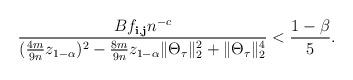
LaTeX: \begin{align*} \frac{B f_{{\bf i}, {\bf j}} n^{-c} }{ ( \frac{4m}{9n} z_{1 - \alpha})^2 - \frac{8m}{9n} z_{1 - \alpha}\|\Theta_\tau\|_2^2 + \|\Theta_\tau\|_2^4} < \frac{1 - \beta}{5}.\end{align*}